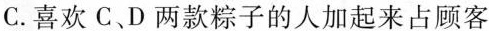
C.喜欢C、D两款粽子的人加起来占顾客